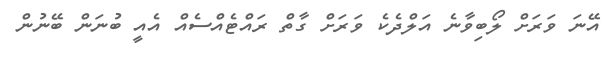
އޭނަ ވަރަށް ލޯބިވާނެ އަލްދެކެ ވަރަށް ގާތް ރައްޓެއްސެއް އެއީ ބުނަން ބޭނުން